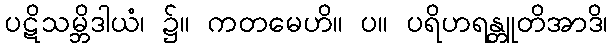
ပဋိသမ္ဘိဒါယံ၊ ၌။ ကတမေဟိ။ ပ။ ပရိဟရန္တူတိအာဒိ၊